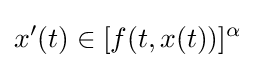
x'(t)\in [f(t,x(t))]^{\alpha }